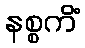
နစ္စကိံ